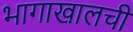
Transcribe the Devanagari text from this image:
भागाखालची